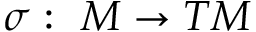
\sigma : \mathrm { ~ } M \to T M